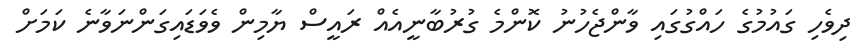
ދިވެހި ގައުމުގެ ހައްގުގައި ވާންޖެހުނު ކޮންމެ ގުުރުބާނީއެއް ރައީސް ޔާމިން ވެވަޑައިގަންނަވާނެ ކަަމަށް